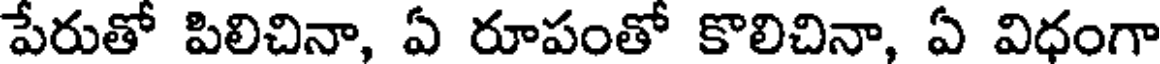
పేరుతో పిలిచినా, ఏ రూపంతో కొలిచినా, ఏ విధంగా